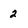
Character: 2